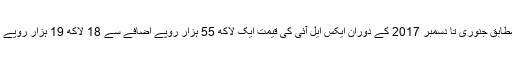
ڈیلرز کے مطابق جنوری تا دسمبر 2017 کے دوران ایکس ایل آئی کی قیمت ایک لاکھ 55 ہزار روپے اضافے سے 18 لاکھ 19 ہزار روپے کر دی گئی۔